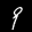
Label: 9